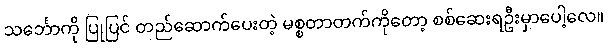
သင်္ဘောကို ပြုပြင် တည်ဆောက်ပေးတဲ့ မစ္စတာတက်ကိုတော့ စစ်ဆေးရဦးမှာပေါ့လေ။